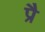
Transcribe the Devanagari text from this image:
प्रै